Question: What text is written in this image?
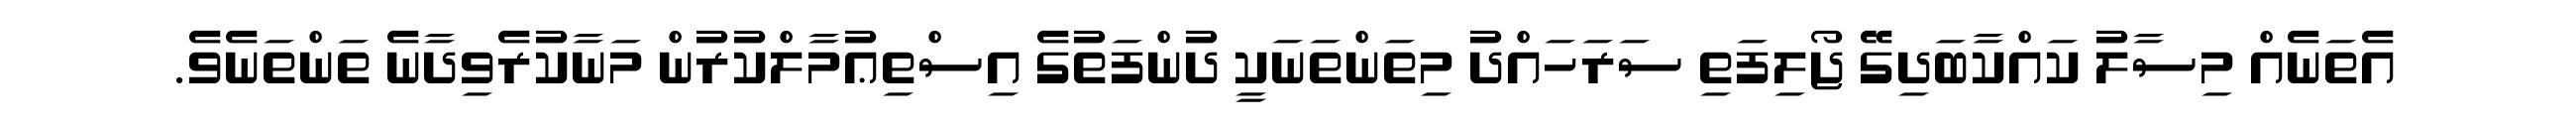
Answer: އެތަނެއް މިސާލު ކައްކާބަދިގޭ ޖޯލިފަތި ސަރަހައްދު މިތަންތަނަކީ ދުންފަތުގެ އިސްތިޢުމާލްކުރުން މަނާކުރެވިދާނެ ތަންތަނެވެ.